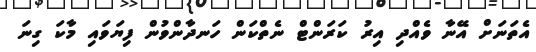
އެތަނަށް އޭނާ ވެއްދި އިރު ކަރަންޓް ނެތްކަން ހަނދާންވުން ފިޔަވައި މާކަ ގިނަ